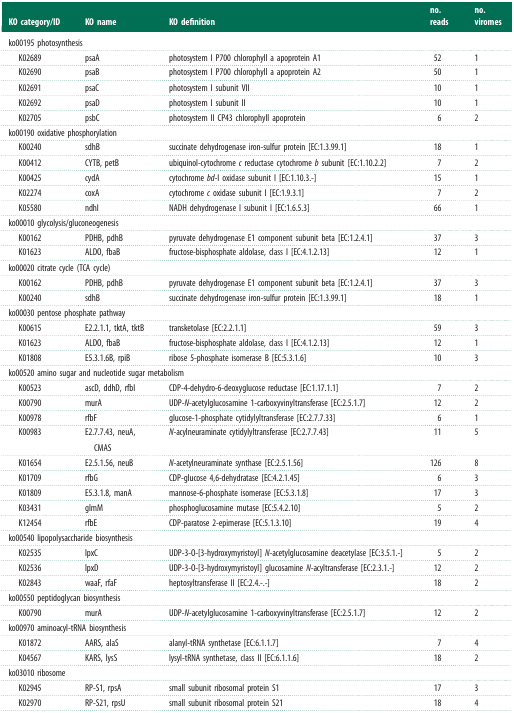
<table><thead><tr><td><b>KO category/ID</b></td><td><b>KO name</b></td><td><b>KO definition</b></td><td><b>no. reads</b></td><td><b>no. viromes</b></td></tr></thead><tbody><tr><td colspan="5">ko00195 photosynthesis</td></tr><tr><td> K02689</td><td>psaA</td><td>photosystem I P700 chlorophyll a apoprotein A1</td><td>52</td><td>1</td></tr><tr><td> K02690</td><td>psaB</td><td>photosystem I P700 chlorophyll a apoprotein A2</td><td>50</td><td>1</td></tr><tr><td> K02691</td><td>psaC</td><td>photosystem I subunit VII</td><td>10</td><td>1</td></tr><tr><td> K02692</td><td>psaD</td><td>photosystem I subunit II</td><td>10</td><td>1</td></tr><tr><td> K02705</td><td>psbC</td><td>photosystem II CP43 chlorophyll apoprotein</td><td>6</td><td>2</td></tr><tr><td colspan="5">ko00190 oxidative phosphorylation</td></tr><tr><td> K00240</td><td>sdhB</td><td>succinate dehydrogenase iron-sulfur protein [EC:1.3.99.1]</td><td>18</td><td>1</td></tr><tr><td> K00412</td><td>CYTB, petB</td><td>ubiquinol-cytochrome <i>c</i> reductase cytochrome <i>b</i> subunit [EC:1.10.2.2]</td><td>7</td><td>2</td></tr><tr><td> K00425</td><td>cydA</td><td>cytochrome <i>bd</i>-I oxidase subunit I [EC:1.10.3.-]</td><td>15</td><td>1</td></tr><tr><td> K02274</td><td>coxA</td><td>cytochrome <i>c</i> oxidase subunit I [EC:1.9.3.1]</td><td>7</td><td>2</td></tr><tr><td> K05580</td><td>ndhI</td><td>NADH dehydrogenase I subunit I [EC:1.6.5.3]</td><td>66</td><td>1</td></tr><tr><td colspan="5">ko00010 glycolysis/gluconeogenesis</td></tr><tr><td> K00162</td><td>PDHB, pdhB</td><td>pyruvate dehydrogenase E1 component subunit beta [EC:1.2.4.1]</td><td>37</td><td>3</td></tr><tr><td> K01623</td><td>ALDO, fbaB</td><td>fructose-bisphosphate aldolase, class I [EC:4.1.2.13]</td><td>12</td><td>1</td></tr><tr><td colspan="5">ko00020 citrate cycle (TCA cycle)</td></tr><tr><td> K00162</td><td>PDHB, pdhB</td><td>pyruvate dehydrogenase E1 component subunit beta [EC:1.2.4.1]</td><td>37</td><td>3</td></tr><tr><td> K00240</td><td>sdhB</td><td>succinate dehydrogenase iron-sulfur protein [EC:1.3.99.1]</td><td>18</td><td>1</td></tr><tr><td colspan="5">ko00030 pentose phosphate pathway</td></tr><tr><td> K00615</td><td>E2.2.1.1, tktA, tktB</td><td>transketolase [EC:2.2.1.1]</td><td>59</td><td>3</td></tr><tr><td> K01623</td><td>ALDO, fbaB</td><td>fructose-bisphosphate aldolase, class I [EC:4.1.2.13]</td><td>12</td><td>1</td></tr><tr><td> K01808</td><td>E5.3.1.6B, rpiB</td><td>ribose 5-phosphate isomerase B [EC:5.3.1.6]</td><td>10</td><td>3</td></tr><tr><td colspan="5">ko00520 amino sugar and nucleotide sugar metabolism</td></tr><tr><td> K00523</td><td>ascD, ddhD, rfbI</td><td>CDP-4-dehydro-6-deoxyglucose reductase [EC:1.17.1.1]</td><td>7</td><td>2</td></tr><tr><td> K00790</td><td>murA</td><td>UDP-<i>N</i>-acetylglucosamine 1-carboxyvinyltransferase [EC:2.5.1.7]</td><td>12</td><td>2</td></tr><tr><td> K00978</td><td>rfbF</td><td>glucose-1-phosphate cytidylyltransferase [EC:2.7.7.33]</td><td>6</td><td>1</td></tr><tr><td> K00983</td><td>E2.7.7.43, neuA, CMAS</td><td><i>N</i>-acylneuraminate cytidylyltransferase [EC:2.7.7.43]</td><td>11</td><td>5</td></tr><tr><td> K01654</td><td>E2.5.1.56, neuB</td><td><i>N</i>-acetylneuraminate synthase [EC:2.5.1.56]</td><td>126</td><td>8</td></tr><tr><td> K01709</td><td>rfbG</td><td>CDP-glucose 4,6-dehydratase [EC:4.2.1.45]</td><td>6</td><td>3</td></tr><tr><td> K01809</td><td>E5.3.1.8, manA</td><td>mannose-6-phosphate isomerase [EC:5.3.1.8]</td><td>17</td><td>3</td></tr><tr><td> K03431</td><td>glmM</td><td>phosphoglucosamine mutase [EC:5.4.2.10]</td><td>5</td><td>2</td></tr><tr><td> K12454</td><td>rfbE</td><td>CDP-paratose 2-epimerase [EC:5.1.3.10]</td><td>19</td><td>4</td></tr><tr><td colspan="5">ko00540 lipopolysaccharide biosynthesis</td></tr><tr><td> K02535</td><td>lpxC</td><td>UDP-3-O-[3-hydroxymyristoyl] <i>N</i>-acetylglucosamine deacetylase [EC:3.5.1.-]</td><td>5</td><td>2</td></tr><tr><td> K02536</td><td>lpxD</td><td>UDP-3-O-[3-hydroxymyristoyl] glucosamine <i>N</i>-acyltransferase [EC:2.3.1.-]</td><td>12</td><td>2</td></tr><tr><td> K02843</td><td>waaF, rfaF</td><td>heptosyltransferase II [EC:2.4.-.-]</td><td>18</td><td>2</td></tr><tr><td colspan="5">ko00550 peptidoglycan biosynthesis</td></tr><tr><td> K00790</td><td>murA</td><td>UDP-<i>N</i>-acetylglucosamine 1-carboxyvinyltransferase [EC:2.5.1.7]</td><td>12</td><td>2</td></tr><tr><td colspan="5">ko00970 aminoacyl-tRNA biosynthesis</td></tr><tr><td> K01872</td><td>AARS, alaS</td><td>alanyl-tRNA synthetase [EC:6.1.1.7]</td><td>7</td><td>4</td></tr><tr><td> K04567</td><td>KARS, lysS</td><td>lysyl-tRNA synthetase, class II [EC:6.1.1.6]</td><td>18</td><td>2</td></tr><tr><td colspan="5">ko03010 ribosome</td></tr><tr><td> K02945</td><td>RP-S1, rpsA</td><td>small subunit ribosomal protein S1</td><td>17</td><td>3</td></tr><tr><td> K02970</td><td>RP-S21, rpsU</td><td>small subunit ribosomal protein S21</td><td>18</td><td>4</td></tr></tbody></table>